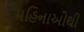
મહિનાઓથી